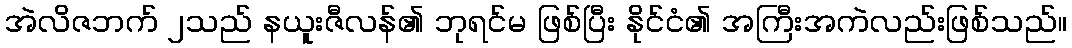
အဲလိဇဘက် ၂သည် နယူးဇီလန်၏ ဘုရင်မ ဖြစ်ပြီး နိုင်ငံ၏ အကြီးအကဲလည်းဖြစ်သည်။